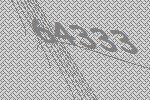
64333